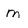
Character: m